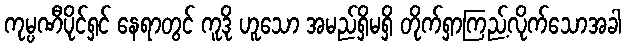
ကုမ္ပဏီပိုင်ရှင် နေရာတွင် ကူဒို ဟူသော အမည်ရှိမရှိ တိုက်ရှာကြည့်လိုက်သောအခါ